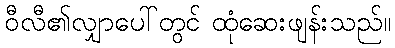
ဝီလီ၏လျှာပေါ်တွင် ထုံဆေးဖျန်းသည်။